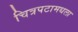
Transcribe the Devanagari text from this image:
चित्रपटामधला